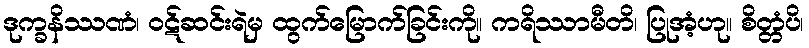
ဒုက္ခနိဿဏံ၊ ဝဋ်ဆင်းရဲမှ ထွက်မြောက်ခြင်းကို။ ကရိဿာမီတိ၊ ပြုအံ့ဟု။ စိတ္တံပိ၊